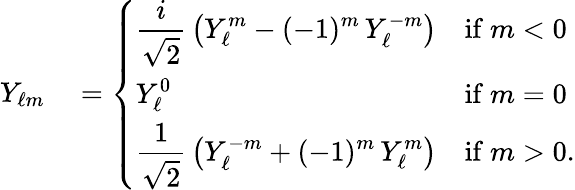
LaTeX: \begin{array}{rl}{Y_{\ell m}}&{{}={\left\{ \begin{array}{ll}{\displaystyle{\frac{i}{\sqrt{2}}}\left(Y_{\ell}^{m}-(-1)^{m}\, Y_{\ell}^{-m}\right)}&{{\mathrm{if}}\ m<0}\\ {\displaystyle Y_{\ell}^{0}}&{{\mathrm{if}}\ m=0}\\ {\displaystyle{\frac{1}{\sqrt{2}}}\left(Y_{\ell}^{-m}+(-1)^{m}\, Y_{\ell}^{m}\right)}&{{\mathrm{if}}\ m>0.}\end{array}\right.}}\end{array}